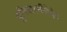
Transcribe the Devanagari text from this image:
युनिवारसीटेईट